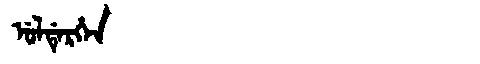
Manchu: ᡠᠯᡩᡝᡵᡥᡝᠨ
Romanization: ULDERHEN